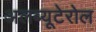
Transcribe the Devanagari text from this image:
अलब्यूटेरोल